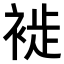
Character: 𧚺